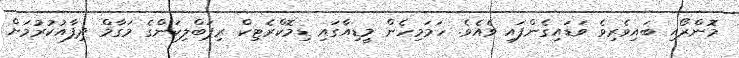
މޮންރޯއި ބައިވެރިވެ ވަޑައިގެންފައި ވެއެވެ. ހަމަމިހެން މީޑިއާގައި ޑިމޮކްރެޓިކް ރިޕަބްލިކަންގެ މަގާމް ދިފާއުކުރުމަށް